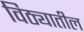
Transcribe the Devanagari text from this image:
विठ्यातील